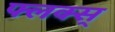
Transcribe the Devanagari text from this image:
फ्लक्स्